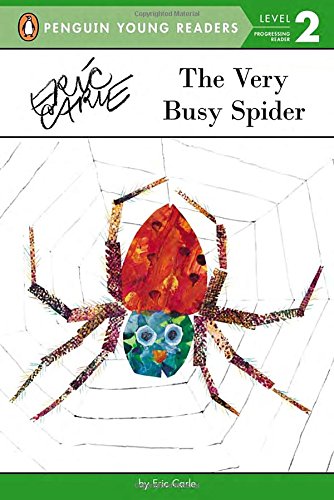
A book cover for The Very Busy Spider (Penguin Young Readers, Level 2); Eric Carle; Children's Books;